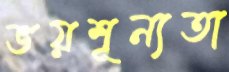
ভয়শূন্যতা